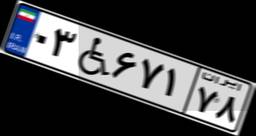
۵۴W۳۱۴۳۱